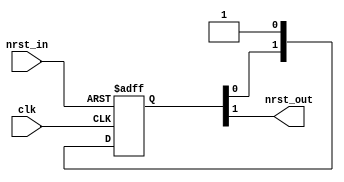
//#############################################################################
//# Function:  Reset synchronizer                                             #
//             (async assert, sync deassert)                                  #
//# Copyright: OH Project Authors. All rights Reserved.                       #
//# License:   MIT (see LICENSE file in OH repository)                        #
//#############################################################################

module asic_rsync #(parameter PROP = "DEFAULT")  (
   input  clk,
   input  nrst_in,
   output nrst_out
   );

   localparam SYNCPIPE=2;

   reg [SYNCPIPE-1:0] sync_pipe;
   always @ (posedge clk or negedge nrst_in)
     if(!nrst_in)
       sync_pipe[SYNCPIPE-1:0] <= 'b0;
     else
       sync_pipe[SYNCPIPE-1:0] <= {sync_pipe[SYNCPIPE-2:0],1'b1};
   assign nrst_out = sync_pipe[SYNCPIPE-1];

endmodule